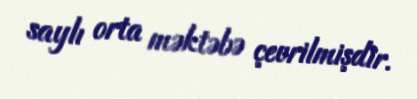
saylı orta məktəbə çevrilmişdir.